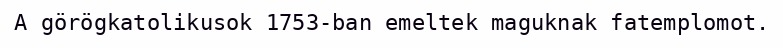
A görögkatolikusok 1753-ban emeltek maguknak fatemplomot.